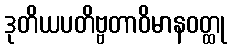
ဒုတိယပတိဗ္ဗတာဝိမာနဝတ္ထု